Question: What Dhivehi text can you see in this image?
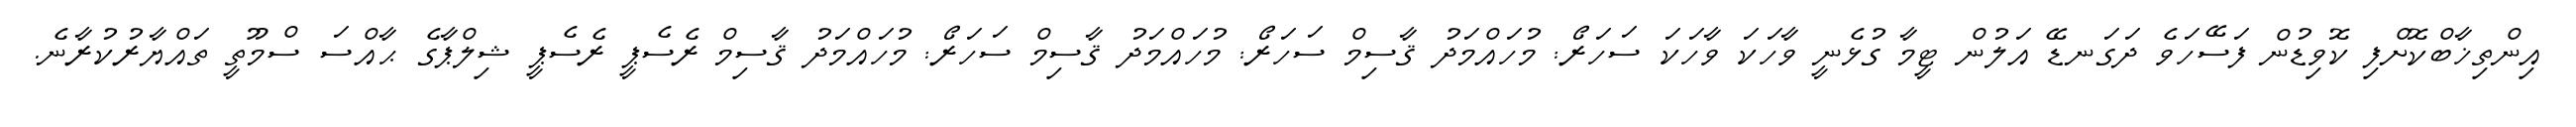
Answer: އިންތިޚާބްކޮށްފި ކޮވިޑުން ފަސޭހަވެ ދަގަނޑޭ އަލުން ޓީމާ ގުޅެނީ ވާހަކަ ވާހަކަ ސަހަރޯ: މުހައްމަދު ޤާސިމް ސަހަރޯ: މުހައްމަދު ޤާސިމް ސަހަރޯ: މުހައްމަދު ޤާސިމް ރެސެޕީ ރެސެޕީ ޝިލްޕާގެ ޙާއްސަ ސްމޫތީ ތައްޔާރުކުރާނެ.